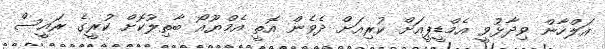
އަލްހާން ވިދާޅުވީ އެމްޑީޕީއަށް ކުރިއަށް ދެވެން އޮތީ އެމްޔޫއޯ ބާތިލުކޮށް ކުރީގެ ރައީސް